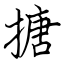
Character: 搪